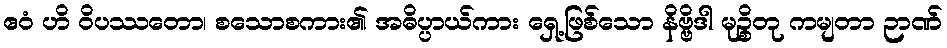
ဧဝံ ဟိ ဝိပဿတော၊ စသောစကား၏ အဓိပ္ပာယ်ကား ရှေ့ဖြစ်သော နိဗ္ဗိဒါ မုဉ္စိတု ကမျတာ ဉာဏ်